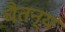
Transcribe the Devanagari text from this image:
चैतन्यं